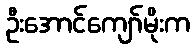
ဦးအောင်ကျော်မိုးက